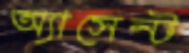
অ্যাসেন্ট